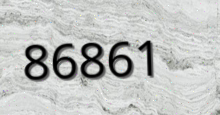
86861